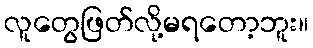
လူတွေဖြတ်လို့မရတော့ဘူး။